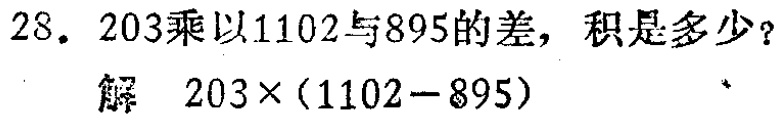
28. 203乘以1102与895的差，积是多少？

解 \(203\times(1102 - 895)\)